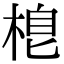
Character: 𣓛